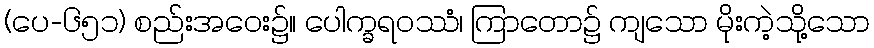
(ပေ-၆၅၁) စည်းအဝေး၌။ ပေါက္ခရဝဿံ၊ ကြာတော၌ ကျသော မိုးကဲ့သို့သော